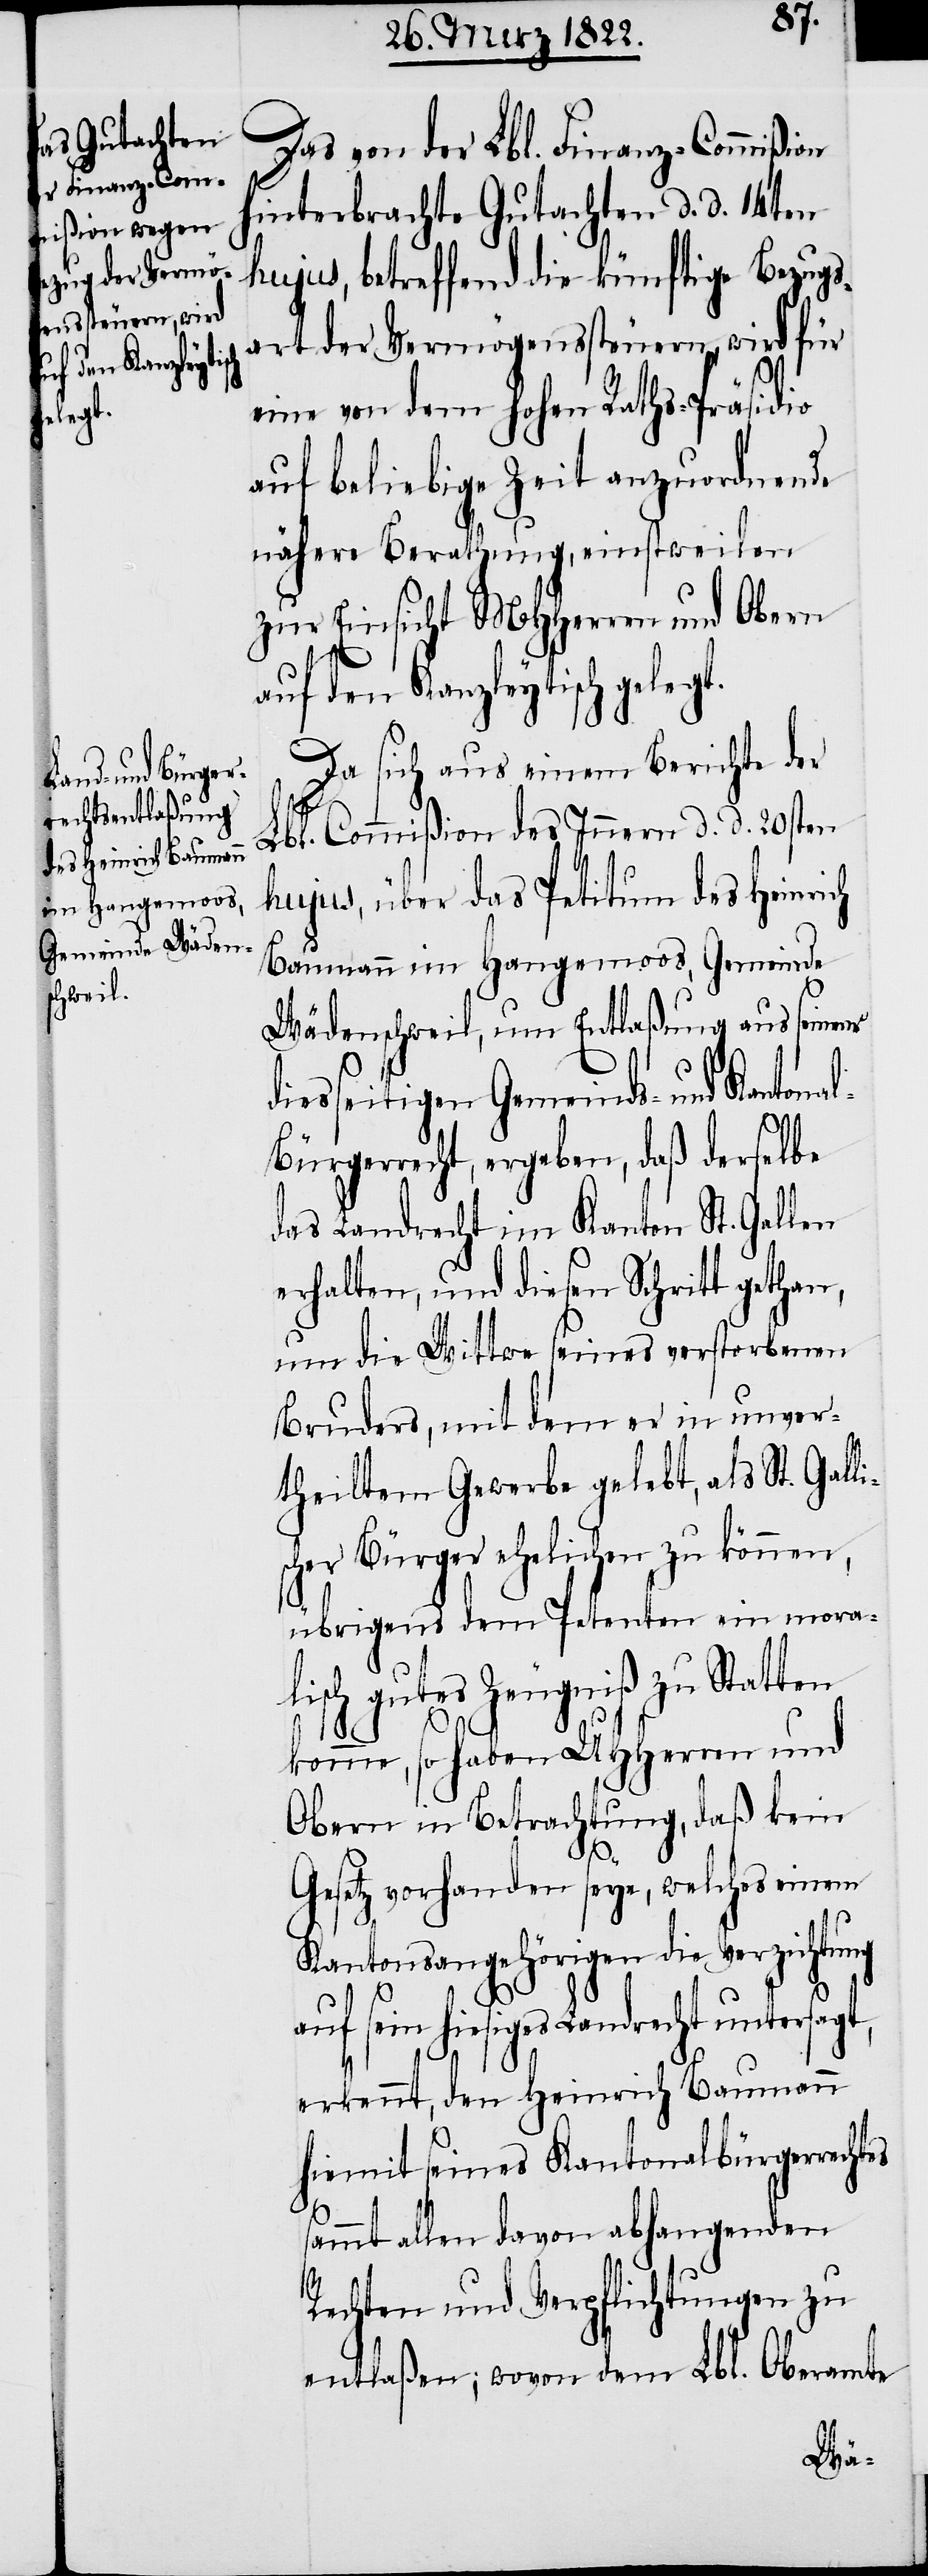
Das von der Lbl. Finanz-Commißion
hinterbrachte Gutachten d. d. 14ten
hujus, betreffend die künftige Bezugs¬
art der Vermögenssteuern, wird für
eine von dem hohen Raths-Präsidio
auf beliebige Zeit anzuordnende
nähere Berathung, einstweilen
zur Einsicht MHHerren und Obern
auf den Kanzleytisch geleg¬
Da sich aus einem Berichte der
Lbl. Commißion des Innern d. d. 20sten
hujus, über das Petitum des Heinrich
Baumann im Hangemoos, Gemeinde
Wädenschweil, um Entlaßung aus seinem
diesseitigen Gemeinds- und Kantona¬
l-Bürgerrecht, ergeben, daß derselbe
das Landrecht im Kanton St. Gallen
erhalten, und diesen Schritt gethan,
um die Wittwe seines verstorbenen
Bruders, mit dem er in unver¬
theiltem Gewerbe gelebt, als St. Galli¬
scher Bürger ehelichen zu können,
übrigens dem Petenten ein mora¬
lisch gutes Zeugniß zu Statten
t.
komme, so haben UHHerren und
Obern in Betrachtung, daß kein
Gesetz vorhanden seye, welches einem
Kantonsangehörigen die Verzichtung
auf sein hiesiges Landrecht untersagt,
erkennt, den Heinrich Baumann
hiemit seines Kantonalbürgerrechtes
s¬
ammt allen davon abhangenden
Rechten und Verpflichtungen zu
entlaßen; wovon dem Lbl. Oberamte